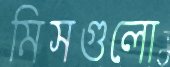
মিসগুলো